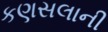
કણસલાની